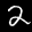
Label: 2